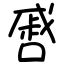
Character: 㗤